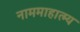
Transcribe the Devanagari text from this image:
नाममाहात्म्य